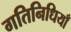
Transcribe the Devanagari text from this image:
गतिनिधियाँ